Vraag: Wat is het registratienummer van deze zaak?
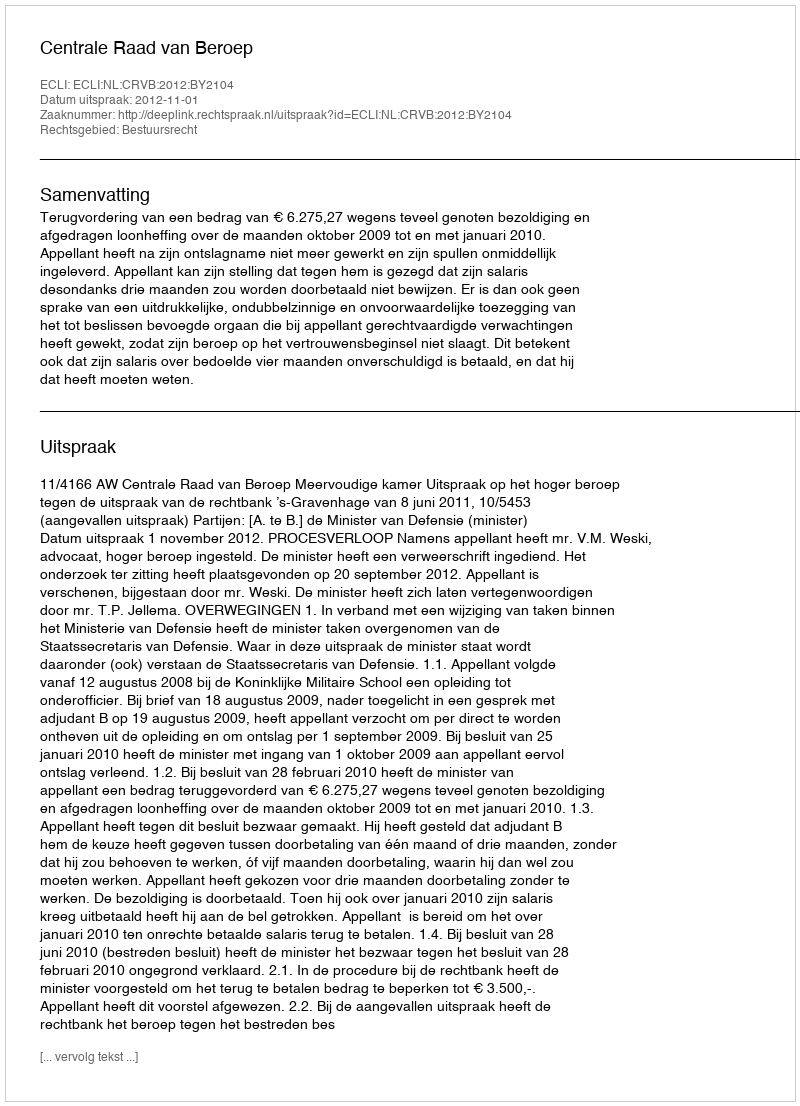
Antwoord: http://deeplink.rechtspraak.nl/uitspraak?id=ECLI:NL:CRVB:2012:BY2104